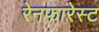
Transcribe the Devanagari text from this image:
रेनफारेस्ट